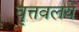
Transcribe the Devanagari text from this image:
वृत्तवलये